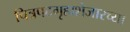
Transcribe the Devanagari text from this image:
चित्रपटगृहाशेजारच्या